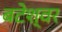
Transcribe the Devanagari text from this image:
बटेश्‍वर